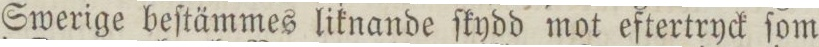
Swerige beſtämmes liknande ſkydd mot eftertryck ſom